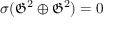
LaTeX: \sigma ( { \mathfrak { G } } ^ { 2 } \oplus { \mathfrak { G } } ^ { 2 } ) = 0